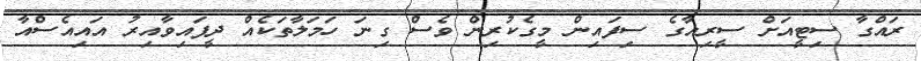
ރައްގާ ސިޓީއަށް ސީރިއާގެ ސިފައިން މީގެކުރިން ވެސް ގިނަ ހަމަލާތަކެއް ދީފައިވާއިރު އައިއެސްއާ